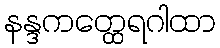
နန္ဒကတ္ထေရဂါထာ